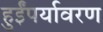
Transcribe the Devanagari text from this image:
हुईंपर्यावरण